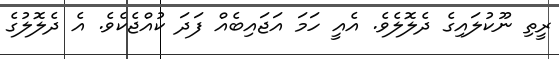
ރީތި ނޫކުލައިގެ ދެލޮލެވެ. އެއީ ހަމަ އަޖައިބެއް ފަދަ ކުއްޖެކެވެ. އެ ދެލޮލުގެ